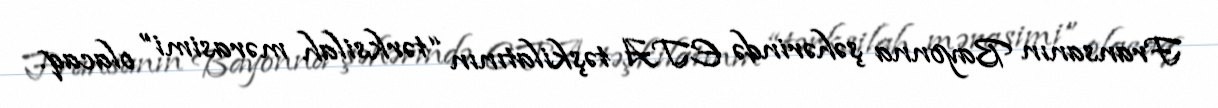
Fransanın Bayonna şəhərində ETA təşkilatının “tərksilah mərasimi” olacaq.